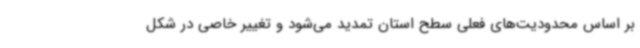
بر اساس محدودیت‌های فعلی سطح استان تمدید می‌شود و تغییر خاصی در شکل